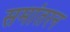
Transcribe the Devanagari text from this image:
समांतरन